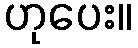
ဟုပေး။